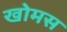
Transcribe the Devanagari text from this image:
खोमस